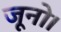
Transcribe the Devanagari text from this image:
जूनो।